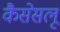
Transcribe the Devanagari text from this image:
कैसेसलू